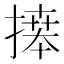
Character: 𢳎